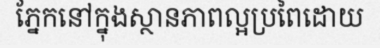
ភ្នែកនៅក្នុងស្ថានភាពល្អប្រពៃដោយ